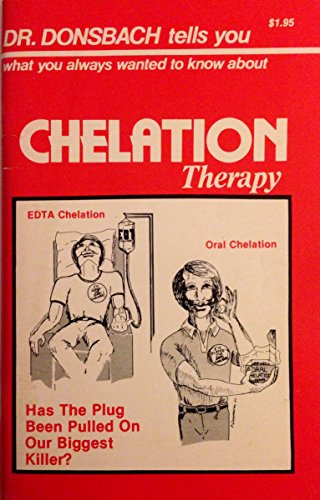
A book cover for Chelation therapy: Has the plug been pulled on our biggest killer?; Kurt W Donsbach; Health, Fitness & Dieting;